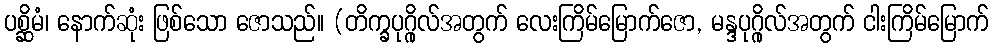
ပစ္ဆိမံ၊ နောက်ဆုံး ဖြစ်သော ဇောသည်။ (တိက္ခပုဂ္ဂိုလ်အတွက် လေးကြိမ်မြောက်ဇော, မန္ဒပုဂ္ဂိုလ်အတွက် ငါးကြိမ်မြောက်